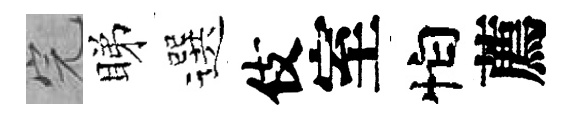
完睇選伎室怕薦